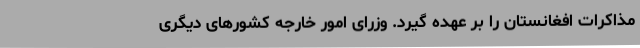
مذاکرات افغانستان را بر عهده گیرد. وزرای امور خارجه کشورهای دیگری